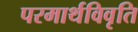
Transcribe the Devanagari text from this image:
परमार्थविवृति